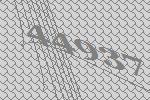
44937